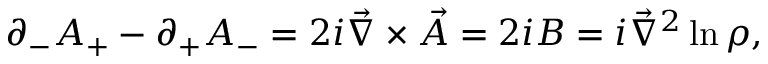
\partial _ { - } A _ { + } - \partial _ { + } A _ { - } = 2 i \vec { \nabla } \times { \vec { A } } = 2 i B = i \vec { \nabla } ^ { 2 } \ln \rho ,